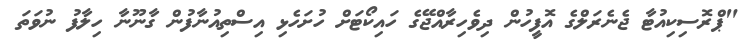
"ޕްރޮސިކިއުޓާ ޖެނެރަލްގެ އޮފީހުން ދިވެހިރާއްޖޭގެ ހައިކޯޓަށް ހުށަހެޅި އިސްތިއުނާފުން ގާނޫނާ ހިލާފު ނުވަތަ